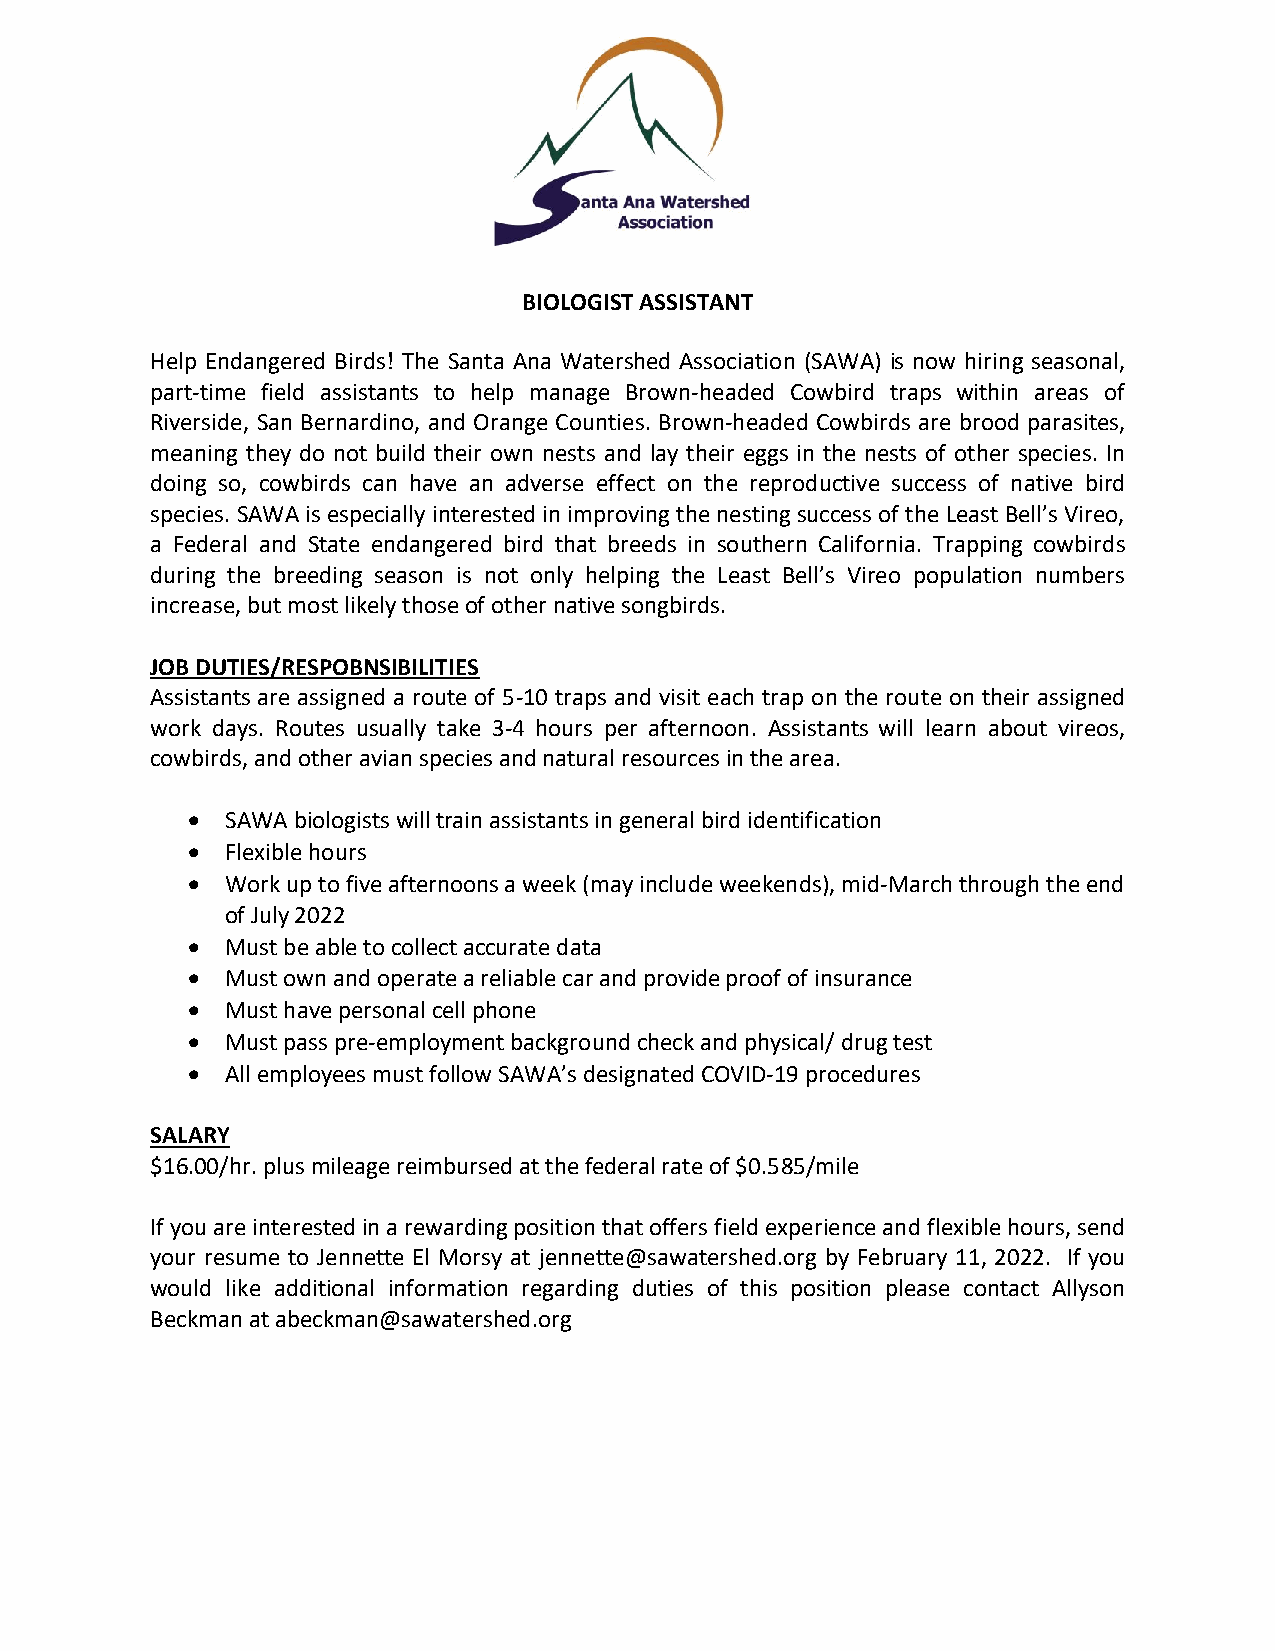
BIOLOGIST ASSISTANT
 Help Endangered Birds! The Santa Ana Watershed Association (SAWA) is now hiring seasonal,
 part-time field assistants to help manage Brown-headed Cowbird traps within areas of
 Riverside, San Bernardino, and Orange Counties. Brown-headed Cowbirds are brood parasites,
 meaning they do not build their own nests and lay their eggs in the nests of other species. In
 doing so, cowbirds can have an adverse effect on the reproductive success of native bird
 species. SAWA is especially interested in improving the nesting success of the Least Bell’s Vireo,
 a Federal and State endangered bird that breeds in southern California. Trapping cowbirds
 during the breeding season is not only helping the Least Bell’s Vireo population numbers
 increase, but most likely those of other native songbirds.
 JOB DUTIES/RESPOBNSIBILITIES
 Assistants are assigned a route of 5-10 traps and visit each trap on the route on their assigned
 work days. Routes usually take 3-4 hours per afternoon. Assistants will learn about vireos,
 cowbirds, and other avian species and natural resources in the area.
   SAWA biologists will train assistants in general bird identification
   Flexible hours
   Work up to five afternoons a week (may include weekends), mid-March through the end
 of July 2022
   Must be able to collect accurate data
   Must own and operate a reliable car and provide proof of insurance
   Must have personal cell phone
   Must pass pre-employment background check and physical/ drug test
   All employees must follow SAWA’s designated COVID-19 procedures
 SALARY
 $16.00/hr. plus mileage reimbursed at the federal rate of $0.585/mile
 If you are interested in a rewarding position that offers field experience and flexible hours, send
 your resume to Jennette El Morsy at jennette@sawatershed.org by February 11, 2022. If you
 would like additional information regarding duties of this position please contact Allyson
 Beckman at abeckman@sawatershed.org